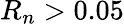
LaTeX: R_{n}>0.05